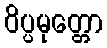
ဝိပ္ပမုတ္တော